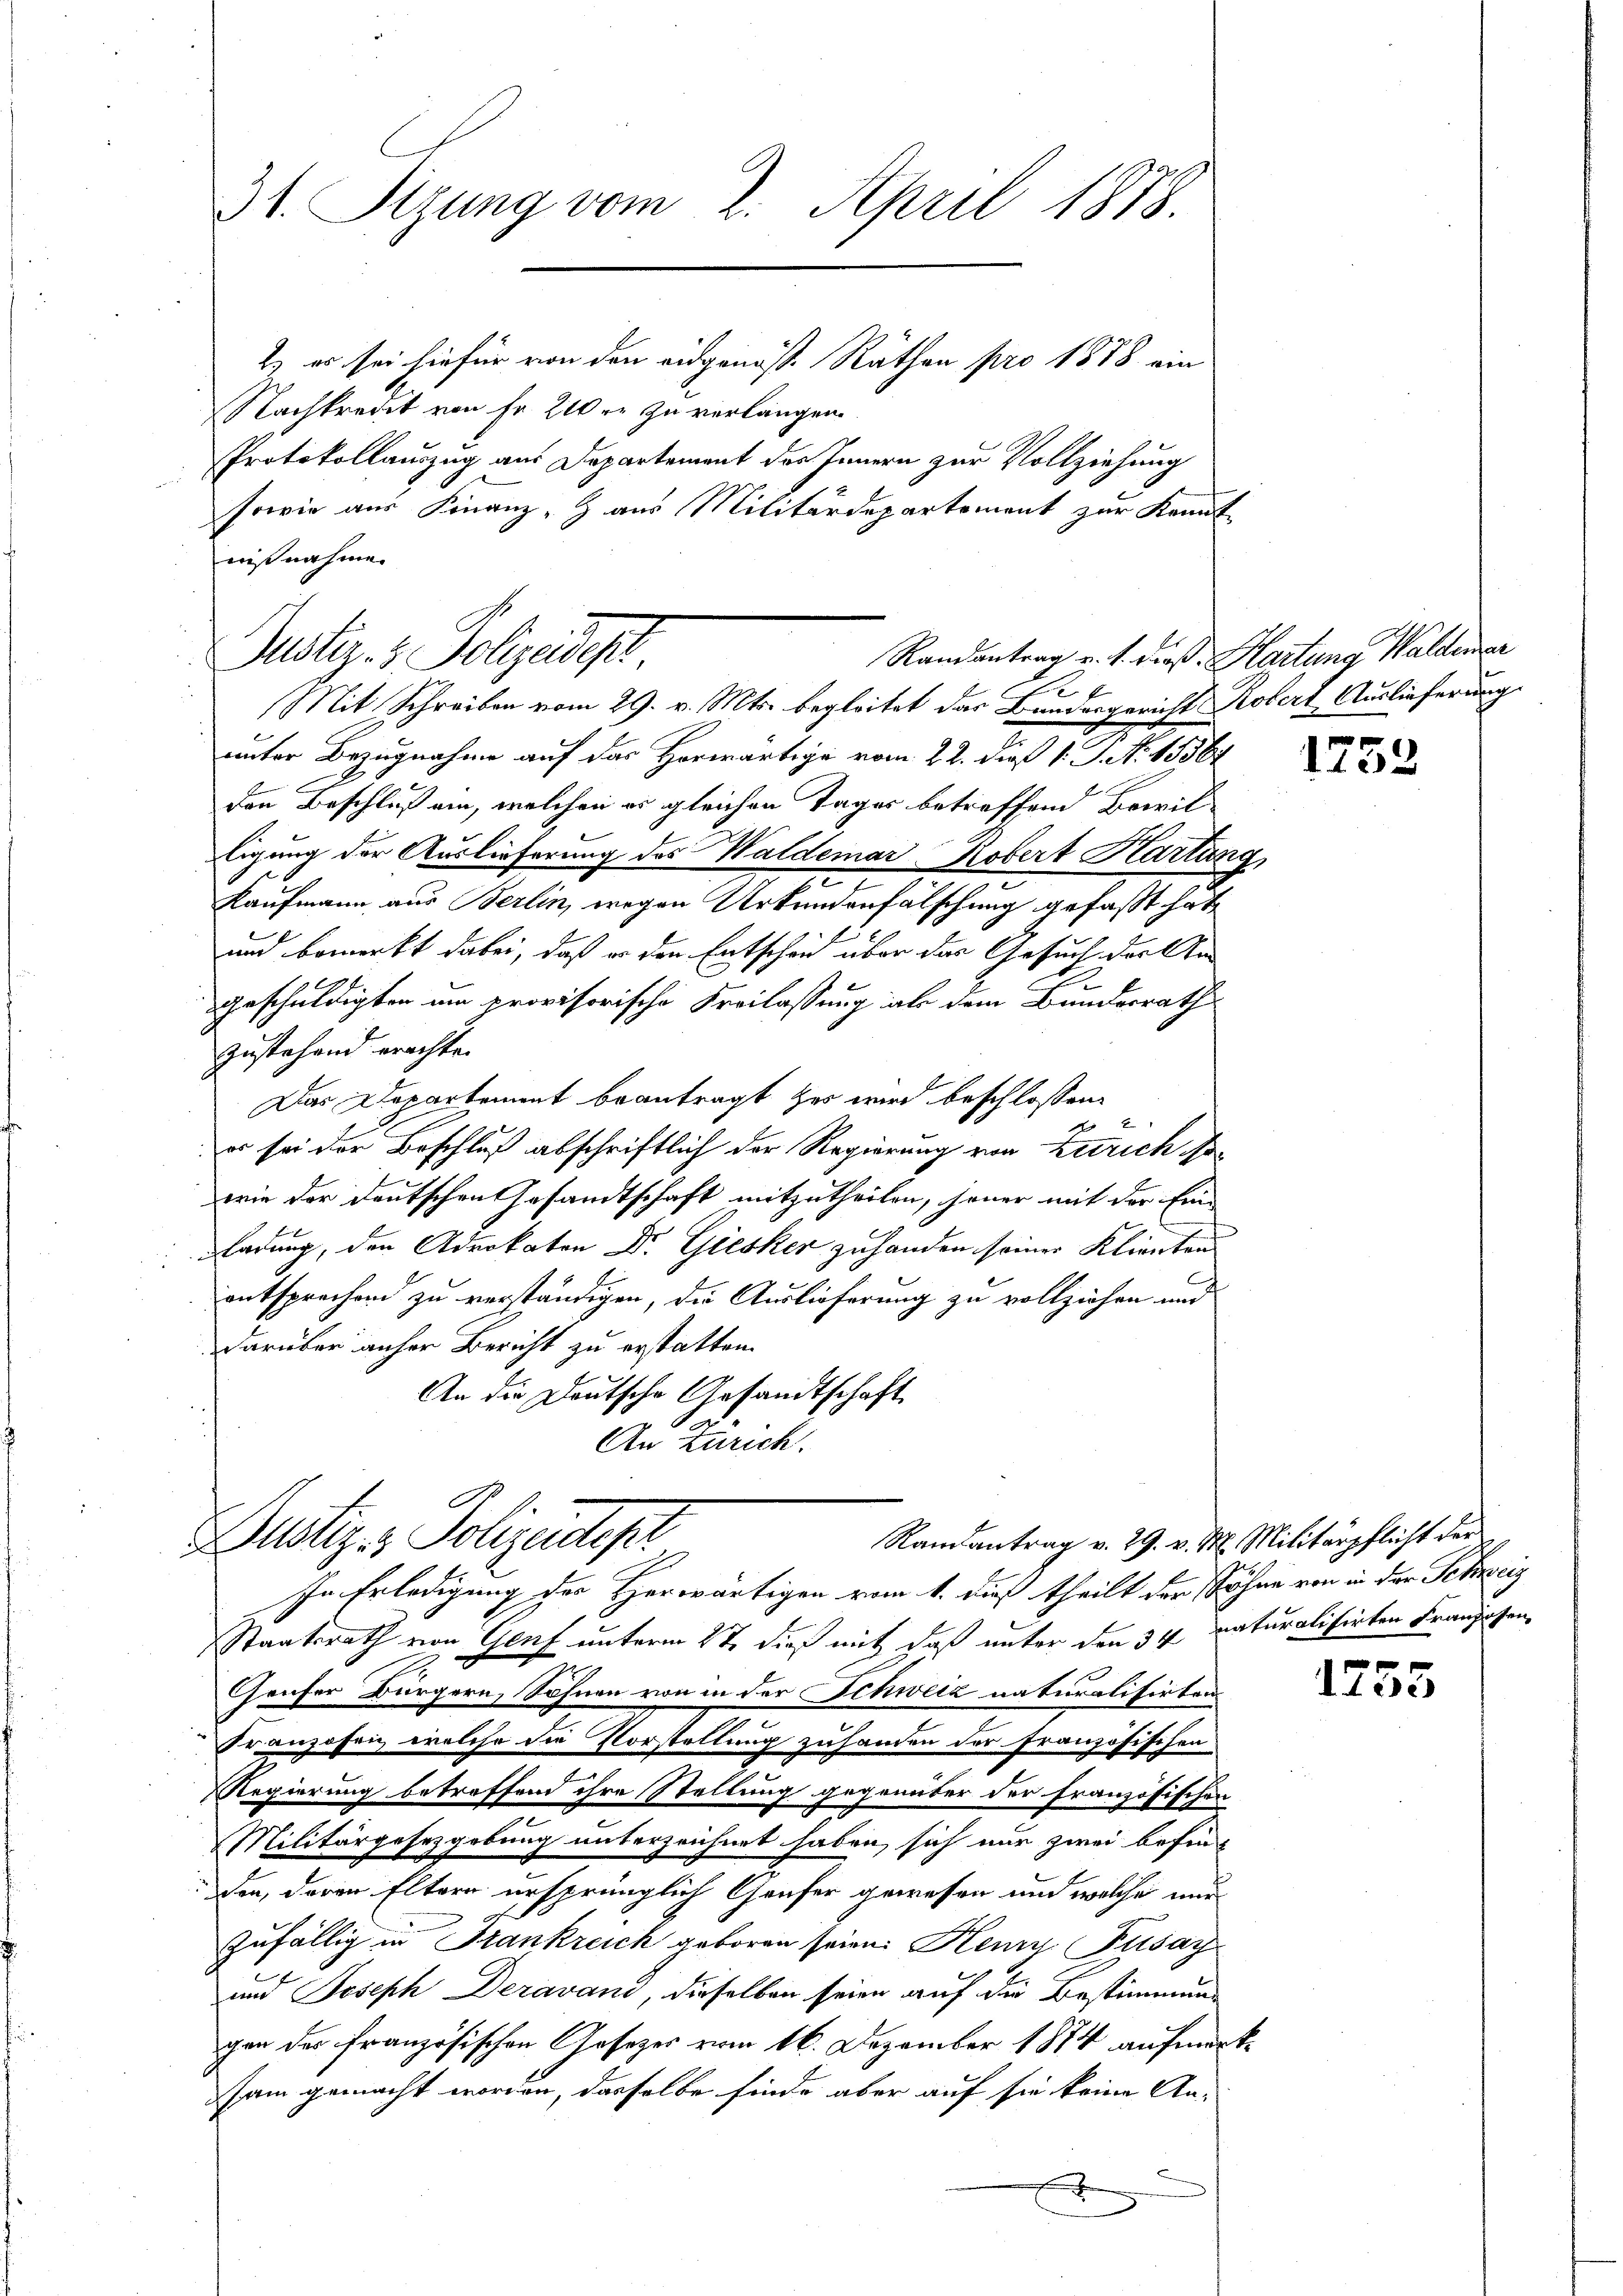
31. Sizung vom 2. April 1878.
2) es sei hiefür von den eidgenös. Räthen pro 1878 ein

Nachkredit von Fr. 210 r. zu verlangen.
Protokollauszug aus Departement des Innern zur Vollziehung
sowie aus Finanz-Z aus Militärdepartement zur Kennt
nißnahme.
e
Mit Schreiben vom 29. v. Mts. begleitet das Bundesgericht Robert Auslieferung
unter Bezugnahme auf das Horwärtige vom 22. dieß 1. J. N. 13567
den Beschluß ein, welchen er gleichen Tages betreffend Bewilligung der Auslieferung des Waldemar Robert Klartan
Kaufmann aus Berlin, wegen Urkundenfälschung gefaßt hat,
.
und bemerkt dabei, daß er den Entscheid über das Gesuch der An¬
.
.
geschuldigten um provisorische Freilassung als dem Bundesrath
Zustehend erachte.
Das Departement beantragt zu wird beschlossen:
2
es sei der Beschluß abschriftlich der Regierung von Zürich gewie der deutschen Gesandtschaft mitzutheilen, jener mit der Ein-
ladung, den Advokaten Dr. Giesker zu handen seiner Klienten
entsprechend zu verständigen, die Auslieferung zu vollziehen und
darüber anher Bericht zu erstatten.
An die Deutsche Gesandtschaft
An Zürich.
Dustiz- & Polizeitest
Randantrag v. 29. v. M. Militärpflicht der
In Erledigung des Herwärtigen vom 1. dieß theilt der Söhne von in der Schreiz
Staatsrath von Genf unterm 2te dieß mit daß unter den 34. naturalisirten Franzosen,
Genfer Bürgern, Sohnen von in der Schweiz naturalisirten
Franzosen welche die Vorstellung zuhanden der französischen
Regierung betreffend ihre Stellung gegenüber der Französischen
Militärgesetzgebung unterzeichnet haben, sich nur zwei befinden, deren Eltern ursprünglich Genfer gewesen und welche nur
zufällig in Frankreich geboren seien. Henny, Pusay
und Joseph Deravand, dieselben seien auf die Bestimmung
gan der französischen Gesetzes vom 16. Dezember 1874 aufmac
sam gemacht worden, dasselbe finde aber auf sie keine An-

Randantrag v. 1. Proß. Hartung Waldener
Justiz- & Polizeidep

24

t

1752

Itine